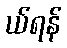
ယ်ရန်